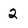
Character: 2